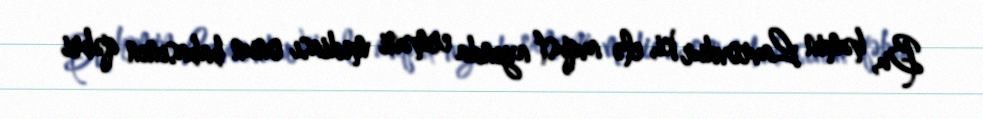
Bu, həmin Lavrovdur ki, elə avqust ayında erməni mediası onun babasının qəbri